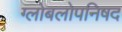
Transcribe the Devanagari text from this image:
ग्लोबलोपनिषद